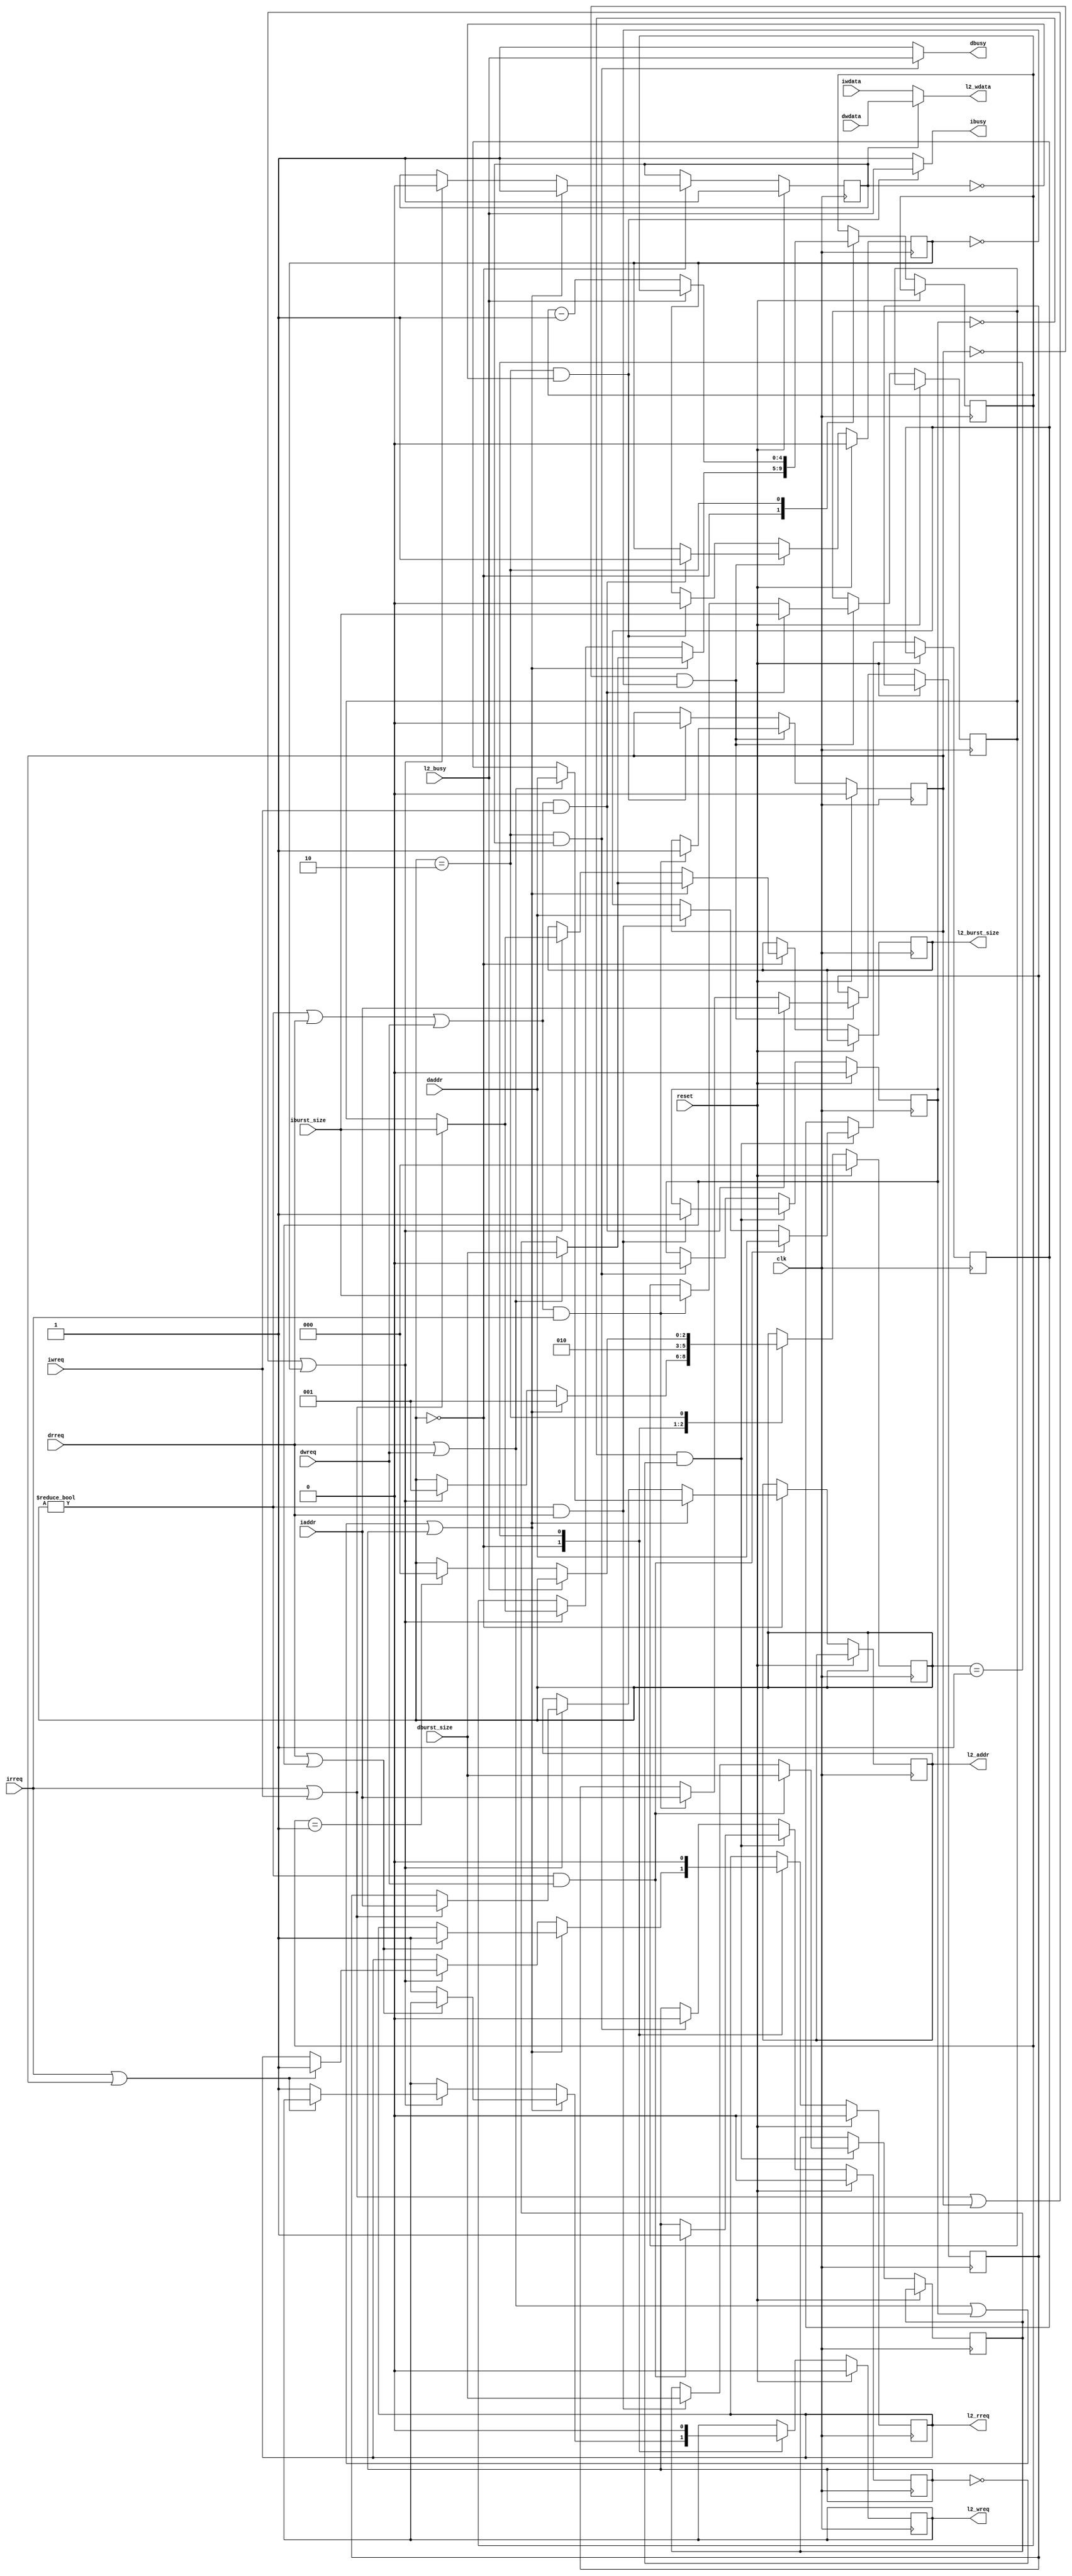
module L2Adapter(clk, reset, 
                 drreq, dwreq, daddr, dburst_size, dwdata, dbusy,
                 irreq, iwreq, iaddr, iburst_size, iwdata, ibusy,
                 l2_rreq, l2_wreq, l2_addr, l2_burst_size, l2_wdata, l2_busy);

    input clk, reset;
    
    input  wire drreq, dwreq;
    input  wire [31:0] daddr;
    input  wire [4:0]  dburst_size;
    input  wire [31:0] dwdata;
    output wire dbusy;
    
    input  wire irreq, iwreq;
    input  wire [31:0] iaddr;
    input  wire [4:0]  iburst_size;
    input  wire [31:0] iwdata;
    output wire ibusy;
    
    output reg  l2_rreq, l2_wreq;
    output reg  [31:0] l2_addr;
    output reg  [4:0]  l2_burst_size;
    output wire [31:0] l2_wdata;
    input  wire l2_busy;
    
    reg  [2:0] state;
    `define ADAPTER_STATE_IDLE 3'h0
    `define ADAPTER_STATE_WAIT 3'h2
    `define ADAPTER_STATE_DELAY 3'h1
   
    reg  use_dcache;
    
    assign l2_wdata = use_dcache ? dwdata : iwdata;
    assign dbusy =  use_dcache & (state == `ADAPTER_STATE_WAIT) ? l2_busy : 1'b1;
    assign ibusy = ~use_dcache & (state == `ADAPTER_STATE_WAIT) ? l2_busy : 1'b1;
    
    reg [4:0] burst_size_latch;
    
    // If the request from icache cannot be responded, set it as pending
    reg  pending_irreq;
    reg  pending_iwreq;
    reg  [31:0] pending_iaddr;
    reg  [4:0] pending_isize;
    wire ireq_wait = (state != `ADAPTER_STATE_IDLE) | drreq | dwreq;
    always @(posedge clk) begin
        if (reset) begin
            pending_irreq <= 1'b0;
            pending_iwreq <= 1'b0;
        end else begin
            if (~pending_irreq & ~pending_iwreq) begin
                if (ireq_wait & irreq) begin
                    pending_irreq <= 1'b1;
                    pending_iaddr <= iaddr;
                    pending_isize <= iburst_size;
                end
                if (ireq_wait & iwreq) begin
                    pending_iwreq <= 1'b1;
                    pending_iaddr <= iaddr;
                    pending_isize <= iburst_size;
                end
            end else begin
                if ((state == `ADAPTER_STATE_WAIT) & ~use_dcache) begin   
                    pending_irreq <= 1'b0;
                    pending_iwreq <= 1'b0;
                end
            end
        end
    end

    reg  pending_drreq;
    reg  pending_dwreq;    
    reg  [31:0] pending_daddr;
    reg  [4:0] pending_dsize;
    wire dreq_wait = (state != `ADAPTER_STATE_IDLE);
    always @(posedge clk) begin
        if (reset) begin
            pending_drreq <= 1'b0;
            pending_dwreq <= 1'b0;
        end else begin
            if (~pending_drreq & ~pending_dwreq) begin
                if (dreq_wait & drreq) begin
                    pending_drreq <= 1'b1;
                    pending_daddr <= daddr;
                    pending_dsize <= dburst_size;
                end
                if (dreq_wait & dwreq) begin
                    pending_dwreq <= 1'b1;
                    pending_daddr <= daddr;
                    pending_dsize <= dburst_size;
                end
            end else begin
                if ((state == `ADAPTER_STATE_WAIT) & use_dcache) begin   
                    pending_drreq <= 1'b0;
                    pending_dwreq <= 1'b0;
                end
            end
        end
    end
        
    always @(posedge clk) begin
        if (reset) begin
            state <= `ADAPTER_STATE_IDLE;
            use_dcache <= 1'b1;
            l2_rreq <= 1'b0;
            l2_wreq <= 1'b0;
        end else begin
            case (state)
            `ADAPTER_STATE_IDLE: begin
                if (drreq | dwreq | pending_drreq | pending_dwreq) begin
                    state <= `ADAPTER_STATE_DELAY;
                    if (drreq | pending_drreq) begin
                        l2_rreq <= 1'b1;
                    end else begin
                        l2_wreq <= 1'b1;
                    end
                    if (drreq | dwreq) begin
                        l2_addr <= daddr;
                        l2_burst_size <= dburst_size;
                        burst_size_latch <= dburst_size;
                    end else begin
                        l2_addr <= pending_daddr;
                        l2_burst_size <= pending_dsize;
                        
burst_size_latch <= pending_dsize;
                    
end
                    use_dcache <= 1'b1;
                end else if (irreq | iwreq | pending_irreq | pending_iwreq) begin
                    state <= `ADAPTER_STATE_DELAY;
                    if (irreq | pending_irreq) begin
                        l2_rreq <= 1'b1;
                    end else begin
                        l2_wreq <= 1'b1;
                    end
                    if (irreq | iwreq) begin
                        l2_addr <= iaddr;
                        l2_burst_size <= iburst_size;
                        burst_size_latch <= iburst_size;
                    end else begin
                        l2_addr <= pending_iaddr;
                        l2_burst_size <= pending_isize;
                        burst_size_latch <= pending_isize;
                    end
                    use_dcache <= 1'b0;
                end
            end
            `ADAPTER_STATE_DELAY: begin
                l2_rreq <= 1'b0;
                l2_wreq <= 1'b0;
                state <= `ADAPTER_STATE_WAIT;
            end
            `ADAPTER_STATE_WAIT: begin
                if (~l2_busy) begin
                    burst_size_latch <= burst_size_latch - 5'd1;
                    if (burst_size_latch == 5'd1) begin
                        state <= `ADAPTER_STATE_IDLE;
                    end
                end
            end
            endcase
        end
    end
endmodule